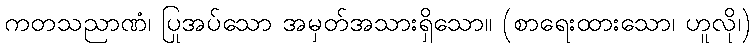
ကတသညာဏံ၊ ပြုအပ်သော အမှတ်အသားရှိသော။ (စာရေးထားသော၊ ဟူလို၊)